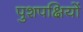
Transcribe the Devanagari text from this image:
पुशपक्षियों